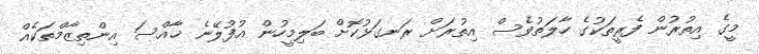
މީގެ އިތުރުން ފެރީތަކުގެ ހާލަތުވެސް އިތުރަށް ރަނގަޅުކޮށް ބަލިމީހުން އުފުލޭނެ ޚާއްސަ އިންތިޒާމްތަކެއް